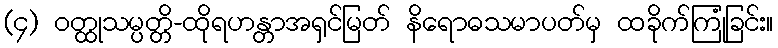
(၄) ဝတ္ထုသမ္ပတ္တိ-ထိုရဟန္တာအရှင်မြတ် နိရောဓသမာပတ်မှ ထခိုက်ကြုံခြင်း။